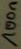
Text: 100n